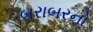
બરાબરનો